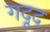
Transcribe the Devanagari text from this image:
गदूद